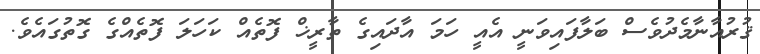
ޤުރުއާނާމެދުވެސް ބަލާފައިވަނީ އެއީ ހަމަ އާދައިގެ ތާރީޚް ފޮތެއް ކަހަލަ ފޮތެއްގެ ގޮތުގައެވެ.